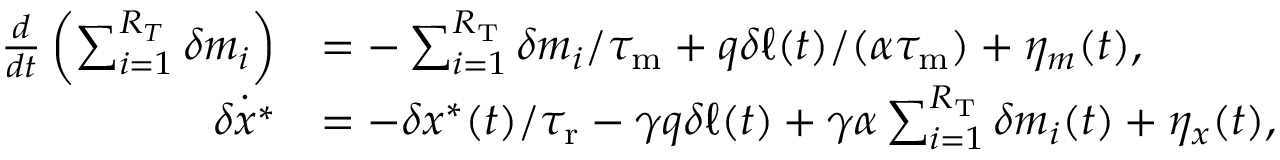
\begin{array} { r l } { \frac { d } { d t } \left( \sum _ { i = 1 } ^ { R _ { T } } \delta m _ { i } \right) } & { = - \sum _ { i = 1 } ^ { R _ { \mathrm { T } } } \delta m _ { i } / { \tau _ { \mathrm { m } } } + q \delta \ell ( t ) / ( \alpha { \tau _ { \mathrm { m } } } ) + \eta _ { m } ( t ) , } \\ { \dot { \delta x ^ { \ast } } } & { = - \delta x ^ { \ast } ( t ) / { \tau _ { \mathrm { r } } } - \gamma q \delta \ell ( t ) + \gamma \alpha \sum _ { i = 1 } ^ { R _ { \mathrm { T } } } \delta m _ { i } ( t ) + \eta _ { x } ( t ) , } \end{array}